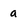
Character: a